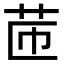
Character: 𦭧